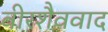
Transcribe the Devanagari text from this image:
वीरशैववाद